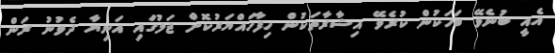
އެއީ ބުނެވޭ ބަހަކުން ކުރެވޭ އިޝާރާތަކުން ހިފާހައްޔަރުކޮށް ޖަލުގައި އަނިޔާ ދެވުނު ރަން